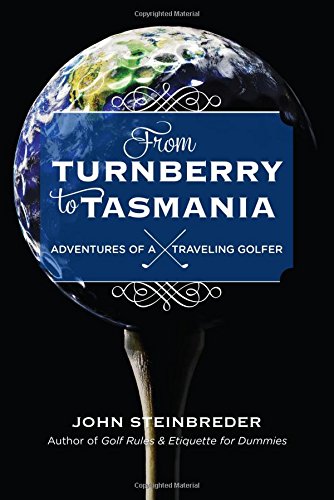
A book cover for From Turnberry to Tasmania: Adventures of a Traveling Golfer; John Steinbreder; Biographies & Memoirs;